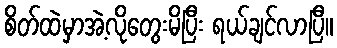
စိတ်ထဲမှာအဲ့လိုတွေးမိပြီး ရယ်ချင်လာပြီ။